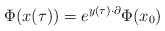
\begin{align*}\Phi(x(\tau)) = e^{y(\tau)\cdot \partial} \Phi(x_0) \end{align*}